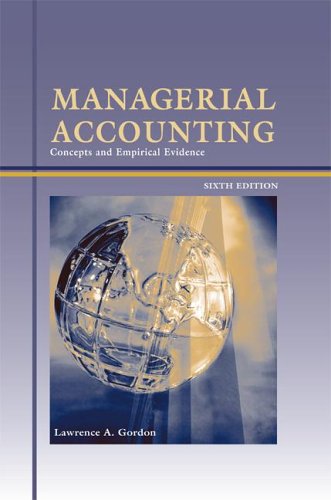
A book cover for LSC  (UNIV OF MARYLAND COLLEGE PARK) :  PPK Managerial Accounting with Supplement; Lawrence Gordon; Business & Money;